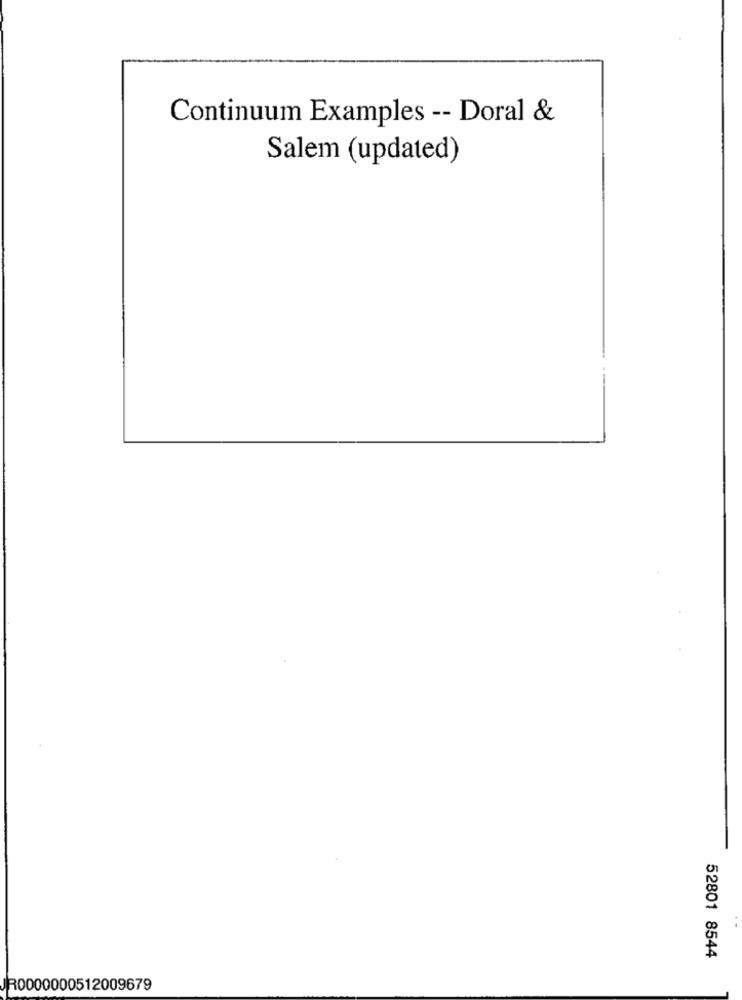
Continuum Examples -- Doral &
Salem (updated)
.-
52801 8544
R0000000512009679